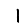
Digit: 1